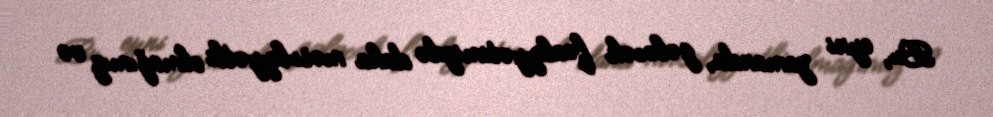
Bu, eyni zamanda, gələcək fəaliyyətimizdə daha məsuliyyətli olmağımız və